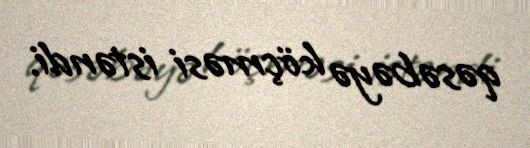
qəsəbəyə köçməsi istəndi.